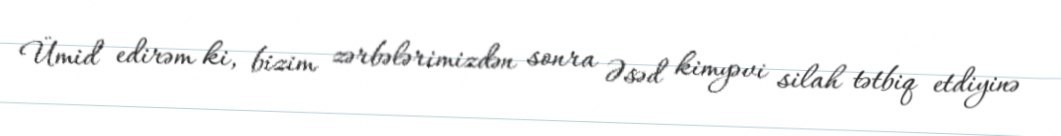
Ümid edirəm ki, bizim zərbələrimizdən sonra Əsəd kimyəvi silah tətbiq etdiyinə